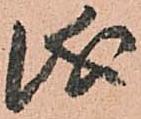
儀